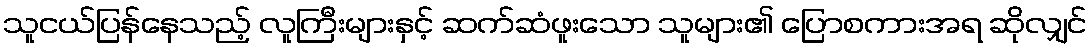
သူငယ်ပြန်နေသည့် လူကြီးများနှင့် ဆက်ဆံဖူးသော သူများ၏ ပြောစကားအရ ဆိုလျှင်